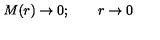
M ( r ) \rightarrow 0 ; \qquad r \rightarrow 0